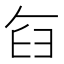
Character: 𮍥